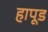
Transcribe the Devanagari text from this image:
हापूड